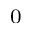
_ 0